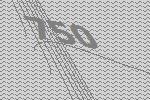
750